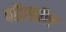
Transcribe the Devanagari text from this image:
पॉइसॉन